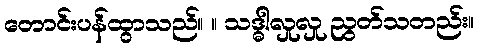
တောင်းပန်ထွာသည်။ ။ သဒ္ဓါလှုလှု ညွတ်သတည်း။